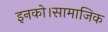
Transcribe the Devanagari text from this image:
इनको।सामाजिक